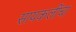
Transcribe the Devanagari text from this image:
सायकलींचा